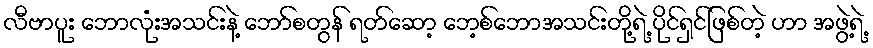
လီဗာပူး ဘောလုံးအသင်းနဲ့ ဘော်စတွန် ရတ်ဆော့ ဘေ့စ်ဘောအသင်းတို့ရဲ့ ပိုင်ရှင်ဖြစ်တဲ့ ဟာ အဖွဲ့ရဲ့